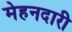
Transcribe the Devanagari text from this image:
मेहनदारी